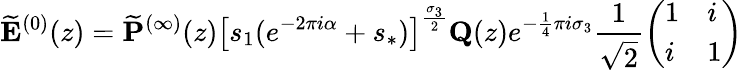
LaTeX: \widetilde{\mathbf{E}}^{(0)}(z)=\widetilde{\mathbf{P}}^{(\infty)}(z)\left[s_{1}(e^{-2\pi i\alpha}+s_{*})\right]^{\frac{\sigma_{3}}{2}}\mathbf{Q}(z)e^{-\frac{1}{4}\pi i\sigma_{3}}\frac{1}{\sqrt{2}}\left(\begin{array}{ll}{1}&{i}\\ {i}&{1}\end{array}\right)